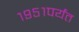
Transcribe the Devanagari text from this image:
१९५१पर्यंत